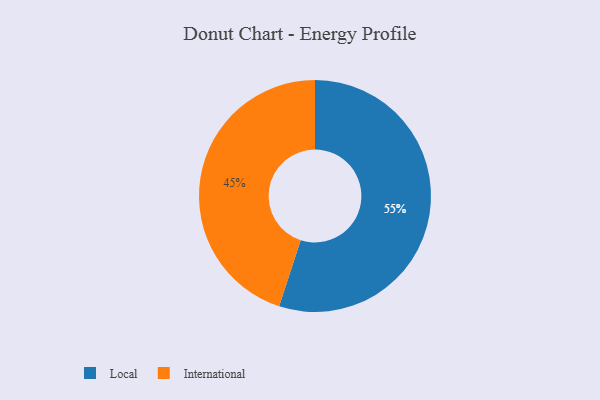
{"axis": {"x": "Category", "y": "Percentage"}, "legend": ["International", "Local"], "data": [{"x": "Local", "y": 55, "type": "Local"}, {"x": "International", "y": 45, "type": "International"}]}